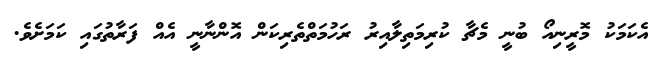
އެކަމަކު މޮރީނިއޯ ބުނީ މެޗާ ކުރިމަތިލާއިރު ރަހުމަތްތެރިކަން އޮންނާނީ އެއް ފަރާތުގައި ކަމަށެވެ.